system: You are a helpful assistant.
user:
Analyze the provided spectrum to determine if it is a **"Cataclysmic Variables (CV)"**.

- **Key Indicators for CV (Check for either state):**
    - **State 1: Quiescent / Low-State (Emission-Dominated)**
        - **(Primary):** Strong and *very broad* Hydrogen Balmer emission lines (e.g., $H\alpha$ at 6563 Å, $H\beta$ at 4861 Å). The 'broadness' (high velocity dispersion, often FWHM > 1000 km/s) is the key diagnostic, indicating a high-velocity accretion disk.
        - **(Secondary):** Broad neutral Helium (He I) emission lines (e.g., 5876 Å, 6678 Å).
        - **(Key Confirmation):** Presence of high-excitation *ionized* Helium (He II) emission at 4686 Å. This is a strong indicator of accretion onto a white dwarf.
        - **(Line Profile):** Emission lines may exhibit a 'double-peaked' profile, which is a classic signature of a rotating accretion disk viewed at high inclination.

    - **State 2: Outburst / High-State (Absorption-Dominated)**
        - **(Primary):** Spectrum is dominated by a bright, blue continuum (looks like a hot star).
        - **(Secondary):** The emission lines from State 1 are weak, absent, or 'filled in', and are replaced by broad, shallow *absorption* lines (primarily Balmer and He I).
        - **(Morphology):** The overall spectrum mimics a hot B/A-type star. The crucial difference is that the absorption lines are significantly broader, shallower, and more 'washed-out' (or 'smeared') than the sharp lines of a normal stellar photosphere, due to high rotational speeds and pressure broadening in the disk.

Think first, call **spectral_visualization_tool** if needed to examine features in detail, then provide your final answer. Your response must adhere to the following strict rules:
1.  **Overall Structure:** Your response must follow the format `<think>...</think> <tool_call>...</tool_call> (if a tool is used) <answer>...</answer>`.
2.  **Tool Usage Constraint:** You may only make **one** tool call per turn.
3.  **Final Answer Format:** In the `<answer>` tag, your conclusion must be inside a `\boxed{}` command (e.g., `\boxed{YES}`), followed by your justification.

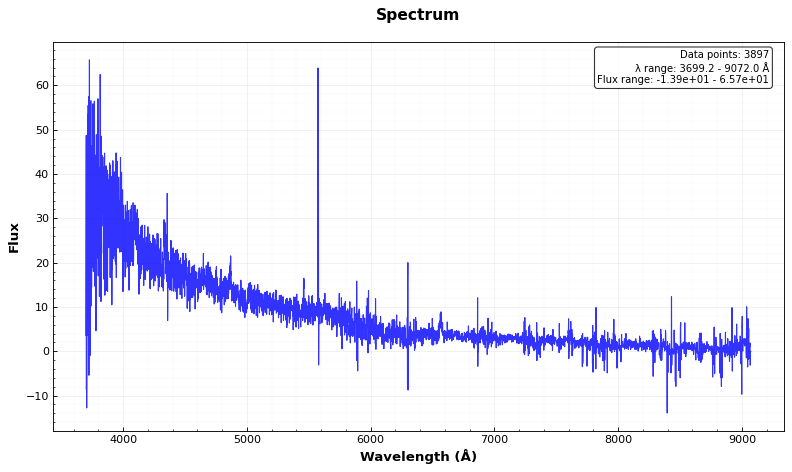
Answer: YES